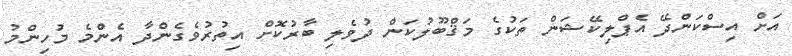
އަށް އިސްކަންދޭ އެޕްލިކޭޝަން ތަކުގެ މަޤްބޫލުކަން ދުވެލި ބާރުކޮށް އިތުރުވެގެންދާ އެންމެ މުހިންމު